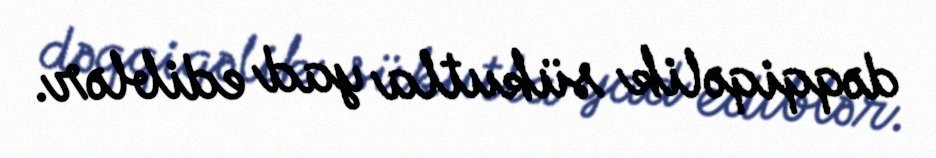
dəqqiqəlik sükutla yad ediblər.